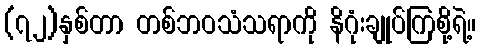
(၇၂)နှစ်တာ တစ်ဘဝသံသရာကို နိဂုံးချုပ်ကြစို့ရဲ့။